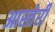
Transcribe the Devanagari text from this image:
आस्तेरी